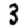
Digit: 3